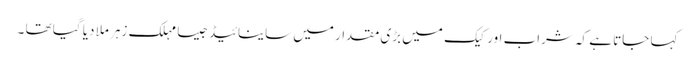
کہا جاتا ہے کہ شراب اور کیک میں بڑی مقدار میں ساینائیڈجیسا مہلک زہر ملا دیا گیا تھا ۔